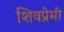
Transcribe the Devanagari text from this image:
शिवप्रेमी